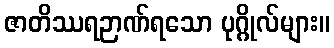
ဇာတိဿရဉာဏ်ရသော ပုဂ္ဂိုလ်များ။